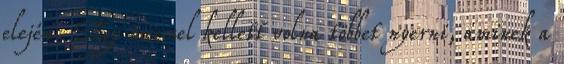
elején. Egy meccsel kellett volna többet nyerni, aminek a